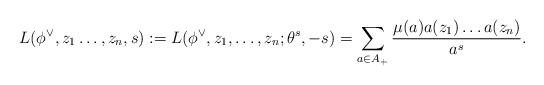
LaTeX: \begin{align*}L(\phi^{\vee}, z_1\dots,z_n,s):=L(\phi^{\vee},z_1,\dots,z_n;\theta^s,-s)=\sum_{a\in A_{+}}\frac{\mu(a)a(z_1)\dots a(z_n)}{a^s}.\end{align*}